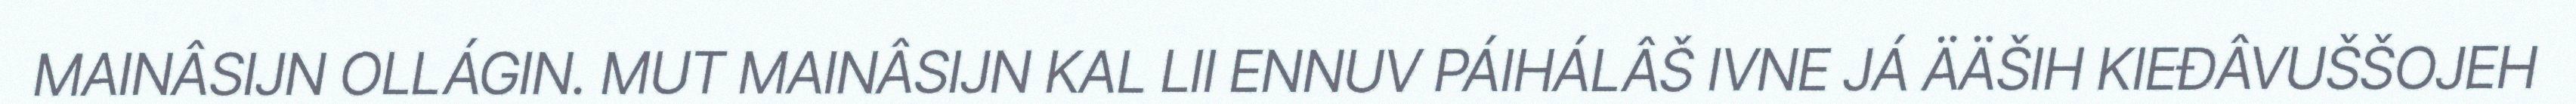
MAINÂSIJN OLLÁGIN. MUT MAINÂSIJN KAL LII ENNUV PÁIHÁLÂŠ IVNE JÁ ÄÄŠIH KIEĐÂVUŠŠOJEH